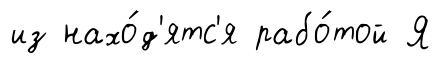
из нахо́д'ятс'я рабо́той Я